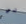
لي